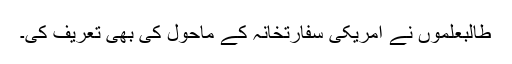
طالبعلموں نے امریکی سفارتخانہ کے ماحول کی بھی تعریف کی۔